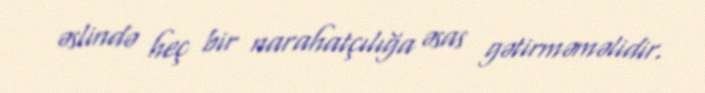
əslində heç bir narahatçılığa əsas gətirməməlidir.